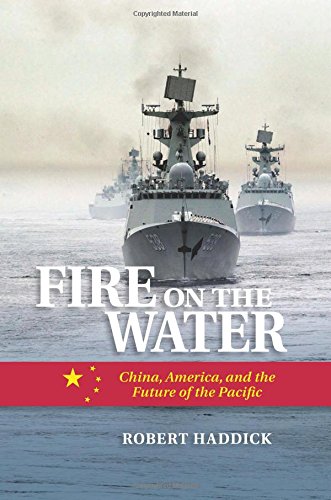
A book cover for Fire on the Water: China, America, and the Future of the Pacific; Robert Haddick; History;